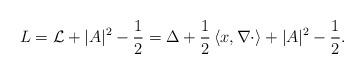
LaTeX: \begin{align*} L=\mathcal{L}+|A|^2-\frac12=\Delta+\frac12\left<x, \nabla\cdot\right>+|A|^2-\frac12.\end{align*}